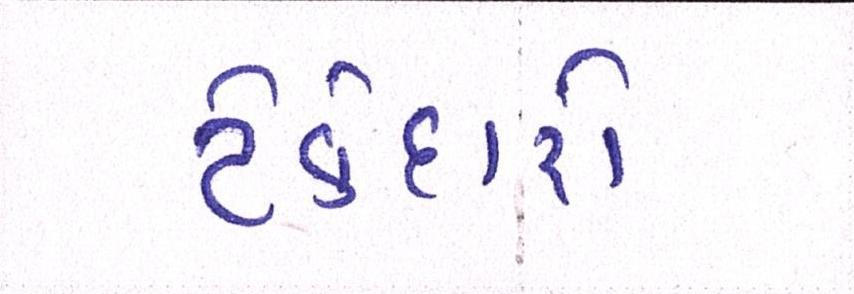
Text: ટેકેદારો